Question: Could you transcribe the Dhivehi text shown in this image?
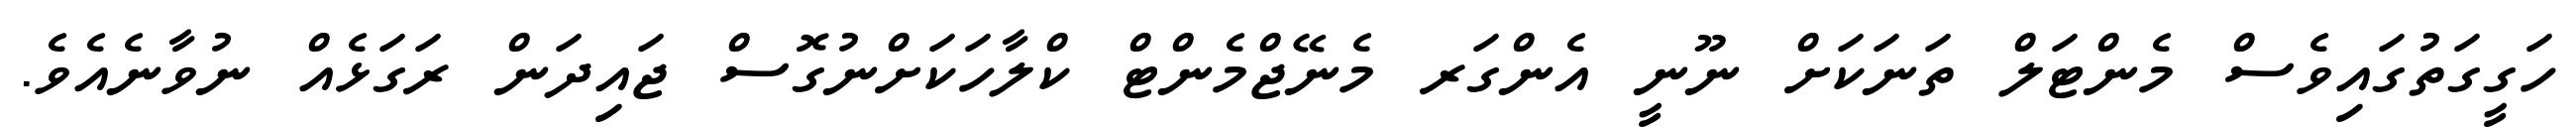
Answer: ހަގީގަތުގައިވެސް މެންޓަލް ތަނަކަށް ނޫނީ އެންގަރ މެނޭޖްމެންޓް ކްލާހަކަށްނުގޮސް ޖައިދަން ރަގަޅެއް ނުވާނެއެވެ.